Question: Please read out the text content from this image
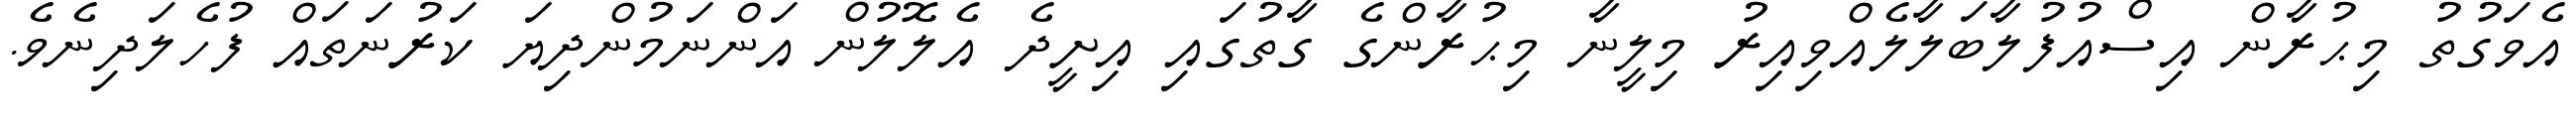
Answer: އެވަގުތު މިޙުރާން އިސްއުފުލާބަލާލެއްވިއިރު މިލީނާ މިޙުރާންގެ ގާތުގައި އިށީދެ އެލޮލުން އަންނަމުންދިޔަ ކަރުނަތައް ފުހެލަދިނެވެ.